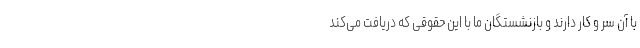
با آن سر و کار دارند و بازنشستگان ما با این حقوقی که دریافت می‌کند